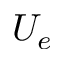
U _ { e }